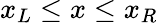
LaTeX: x_{L}\le x\le x_{R}